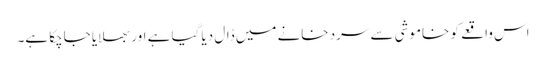
اس واقعے کو خاموشی سے سرد خانے میں ڈال دیا گیا ہے اور بھلایا جاچکا ہے۔